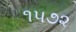
૧૫૭૨